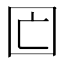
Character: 𡆲